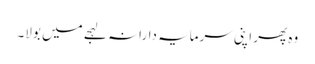
وہ پھر اپنی سرمایہ دارانہ لہجے میں بولا۔